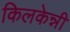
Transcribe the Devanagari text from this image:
किलकेन्नी